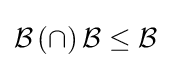
{\mathcal {B}}\,(\cap )\,{\mathcal {B}}\leq {\mathcal {B}}